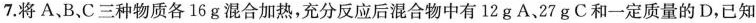
7.将A、B.C三种物质各16g混合加热，充分反应后混合物中有12g A、27gC和一定质量的D，已知